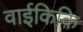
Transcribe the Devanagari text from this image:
वाईकिक़ि